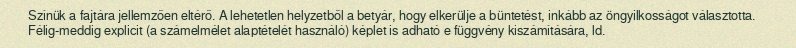
Színük a fajtára jellemzően eltérő. A lehetetlen helyzetből a betyár, hogy elkerülje a büntetést, inkább az öngyilkosságot választotta. Félig-meddig explicit (a számelmélet alaptételét használó) képlet is adható e függvény kiszámítására, ld.